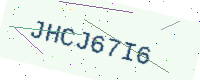
Text: JHCJ67I6